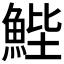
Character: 𮫺